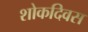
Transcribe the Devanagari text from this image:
शोकदिवस